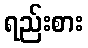
ရည်းစား